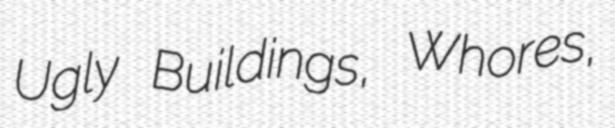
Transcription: Ugly Buildings, Whores,